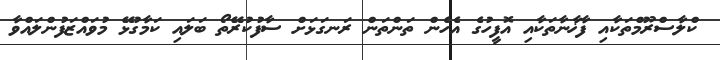
ކްލާސްރޫމްތަކާއި ފާޚާނާތަކާއި އޮފީހުގެ އެހެން ތަންތަން ރަނގަޅަށް ސާފުކުރޭތޯ ބަލައި ކަމާގުޅޭ މުވައްޒަފުންލައްވާ